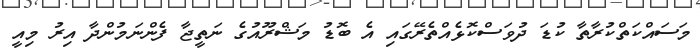
މަސައްކަތްކުރާތާ ކުޑަ ދުވަސްކޮޅެއްތެރޭގައި އެ ބޮޑު މަޝްރޫއުގެ ނަތީޖާ ފެންނަމުންދާ އިރު މިއީ